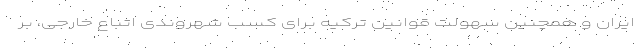
ایران و همچنین سهولت قوانین ترکیه برای کسب شهروندی اتباع خارجی، بر